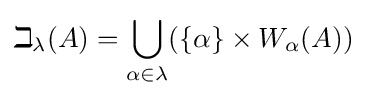
\beth _{\lambda }(A)=\bigcup _{\alpha \in \lambda }(\{\alpha \}\times W_{\alpha }(A))